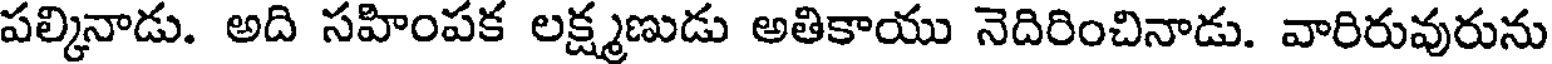
పల్కినాడు. అది సహింపక లక్ష్మణుడు అతికాయు నెదిరించినాడు. వారిరువురును